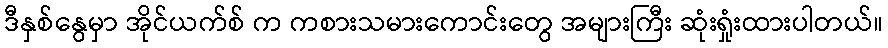
ဒီနှစ်နွေမှာ အိုင်ယက်စ် က ကစားသမားကောင်းတွေ အများကြီး ဆုံးရှုံးထားပါတယ်။